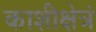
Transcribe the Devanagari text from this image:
काशीक्षेत्रं